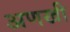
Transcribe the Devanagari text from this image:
अणखी